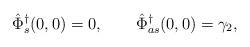
LaTeX: \begin{align*} \hat \Phi^\dagger_s(0,0)=0, \qquad\hat \Phi^\dagger_{as}(0,0) = \gamma_2,\end{align*}